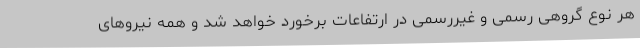
هر نوع گروهی رسمی و غیررسمی در ارتفاعات برخورد خواهد شد و همه نیروهای